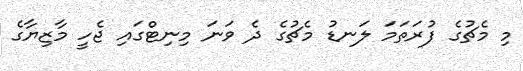
މި މެޗުގެ ފުރަތަމަ ލަނޑު މެޗުގެ ދެ ވަނަ މިނިޓްގައި ޖެހީ މާޒިޔާގެ